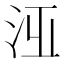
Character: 𣳋